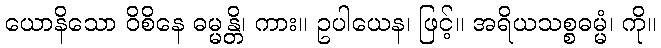
ယောနိသော ဝိစိနေ ဓမ္မန္တိ၊ ကား။ ဥပါယေန၊ ဖြင့်။ အရိယသစ္စဓမ္မံ၊ ကို။